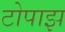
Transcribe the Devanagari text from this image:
टोपाझ